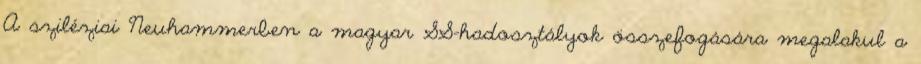
A sziléziai Neuhammerben a magyar SS-hadosztályok összefogására megalakul a